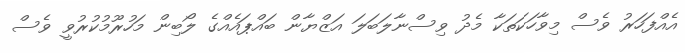
އެއްފަހަރު ވެސް މިވާހަކަތަކާ މެދު ވިސްނާލަބަލަ އަޒްޔާން ބައްޕައެއްގެ ލޯބިން މަހުރޫމުކުރުވީ ވެސް